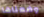
وضعناها